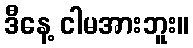
ဒီနေ့ ငါမအားဘူး။